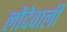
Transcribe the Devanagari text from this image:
लोंदेवाली